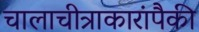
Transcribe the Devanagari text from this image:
चालाचीत्राकारांपैकी